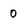
Character: 0